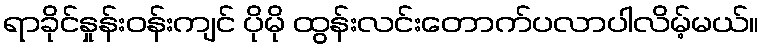
ရာခိုင်နှုန်းဝန်းကျင် ပိုမို ထွန်းလင်းတောက်ပလာပါလိမ့်မယ်။